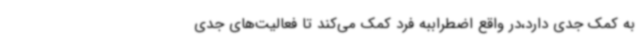
به کمک جدی دارد،در واقع اضطراببه فرد کمک می‌کند تا فعالیت‌های جدی